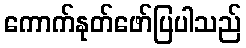
ကောက်နုတ်ဖော်ပြပါသည်